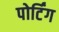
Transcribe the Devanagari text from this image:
पोर्टिंग